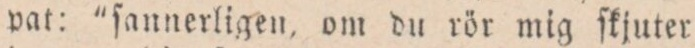
pat: ”ſannerligen, om du rör mig ſkjuter